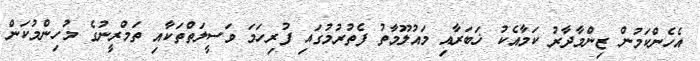
އެހެންކަމުން ޒިންމާދާރު ކަމާއެކު ޚަބަރާއި މައުލޫމާތު ފެތުރުމުގައި ފުރިހަމަ ވަސީލަތްތަކާއި ތަމްރީނުގެ މުހިންމުކަން